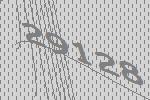
29128